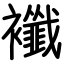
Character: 襳